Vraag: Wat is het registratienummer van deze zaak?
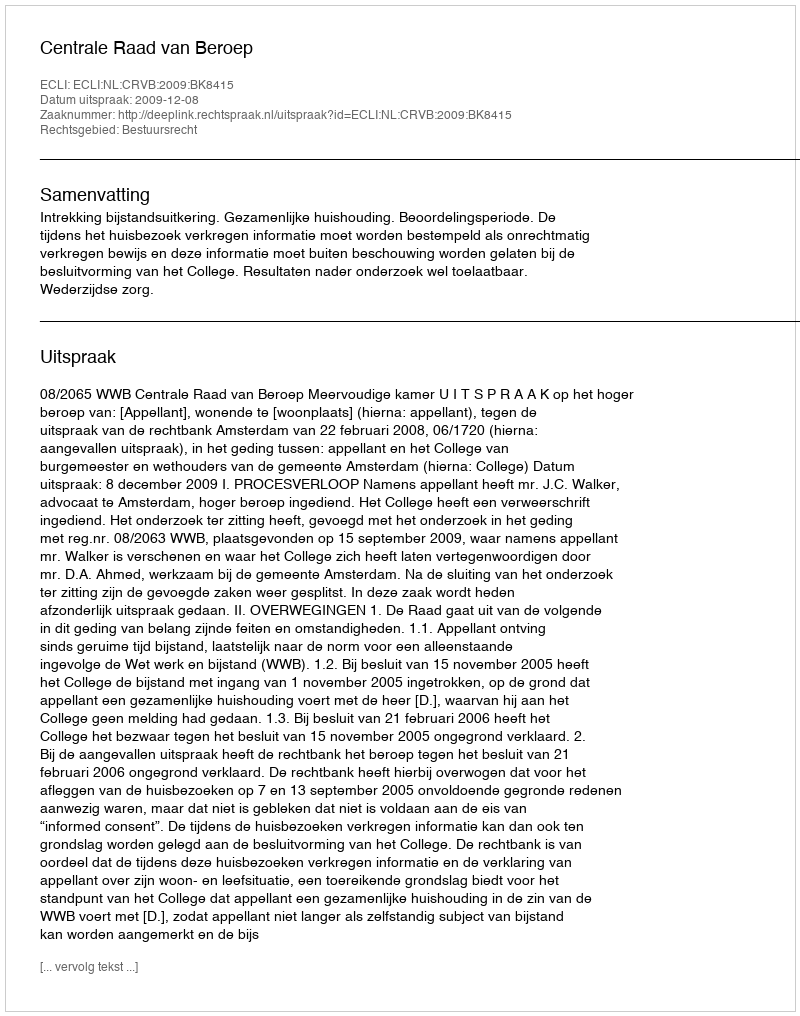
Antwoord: http://deeplink.rechtspraak.nl/uitspraak?id=ECLI:NL:CRVB:2009:BK8415